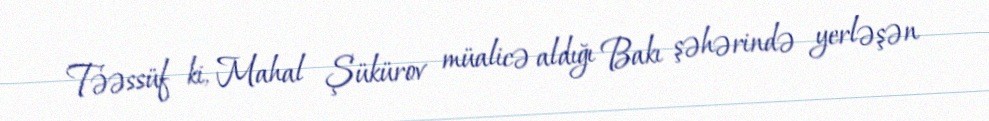
Təəssüf ki, Mahal Şükürov müalicə aldığı Bakı şəhərində yerləşən